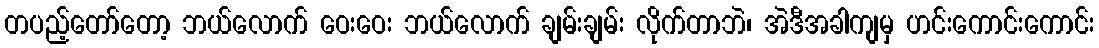
တပည့်တော်တော့ ဘယ်လောက် ဝေးဝေး ဘယ်လောက် ချမ်းချမ်း လိုက်တာဘဲ၊ အဲဒီအခါကျမှ ဟင်းကောင်းကောင်း